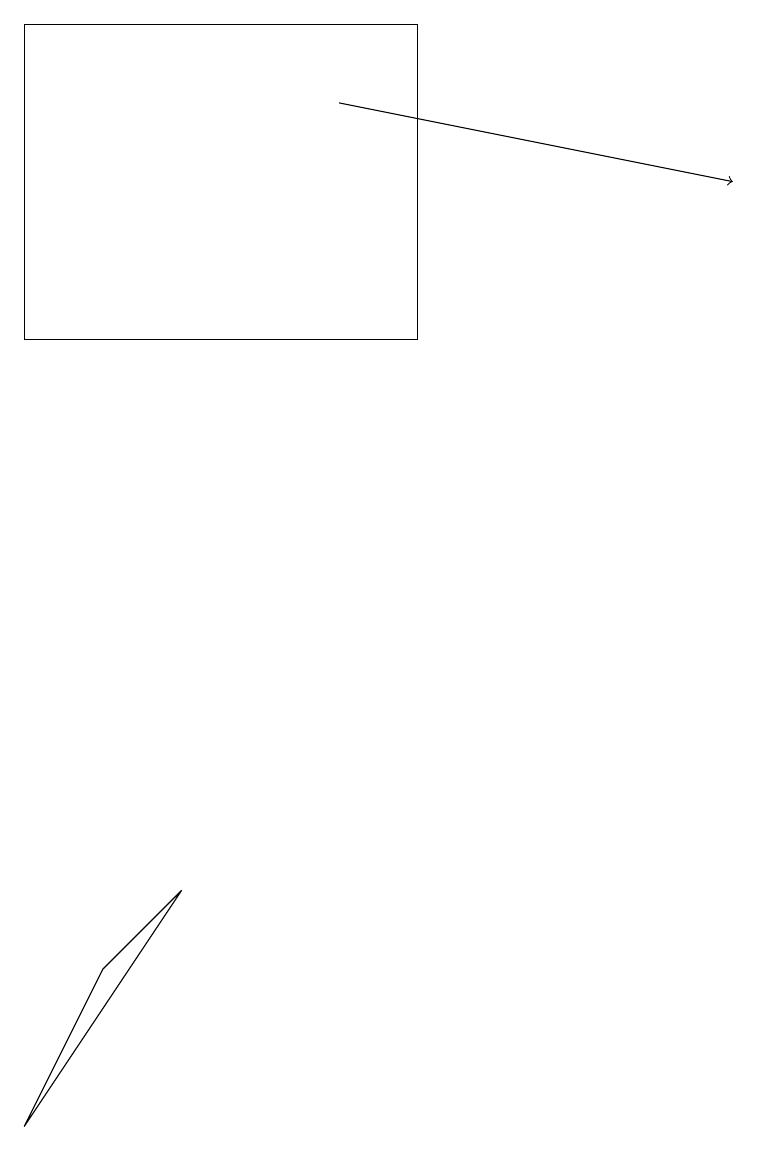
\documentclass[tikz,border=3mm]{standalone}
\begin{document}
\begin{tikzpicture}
\draw (2,7) -- (1,6) -- (0,4) -- cycle;
\draw (0,18) rectangle (5,14);
\draw[->] (4,17) -- (9,16);
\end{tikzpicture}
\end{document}